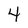
Character: 4